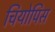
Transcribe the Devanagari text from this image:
चियोपिस